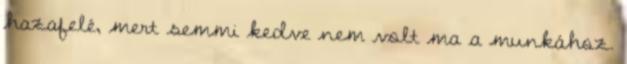
hazafelé, mert semmi kedve nem volt ma a munkához.